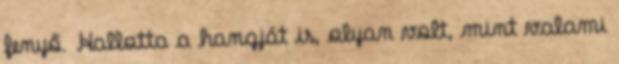
fenyő. Hallotta a hangját is, olyan volt, mint valami